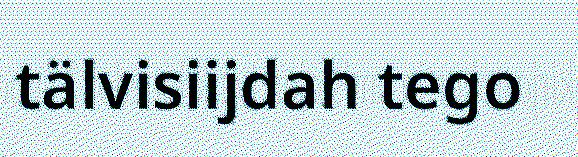
tälvisiijdah tego